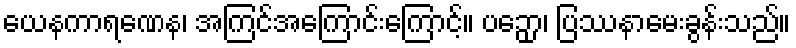
ယေနကာရဏေန၊ အကြင်အကြောင်းကြောင့်။ ပဉှော၊ ပြဿနာမေးခွန်းသည်။